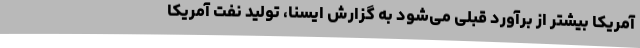
آمریکا بیشتر از برآورد قبلی می‌شود به گزارش ایسنا، تولید نفت آمریکا